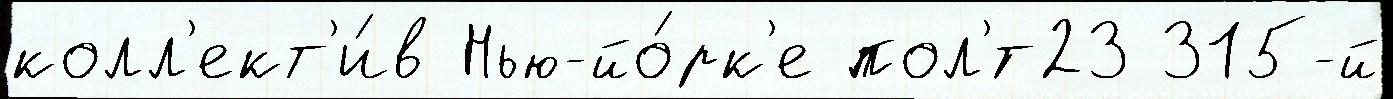
колл'ект'и́в Нью-йо́рк'е пол'́т23 315-й